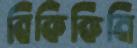
বিকিকিনি